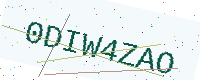
Text: 0DIW4ZAO